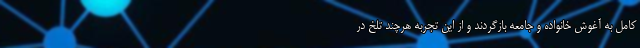
کامل به آغوش خانواده و جامعه بازگردند و از این تجربه هرچند تلخ در